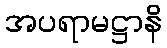
အပရာမဋ္ဌာနိ